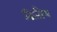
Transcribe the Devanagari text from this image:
द्वितौय